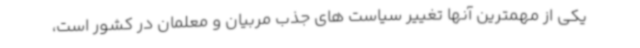
یکی از مهمترین آنها تغییر سیاست های جذب مربیان و معلمان در کشور است،